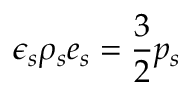
\epsilon _ { s } \rho _ { s } e _ { s } = \frac { 3 } { 2 } p _ { s }